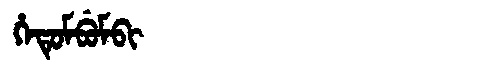
Manchu: ᡥᡝᡨᡠᠮᠪᡠᠮᠪᡳ
Romanization: HETUMBUMBI